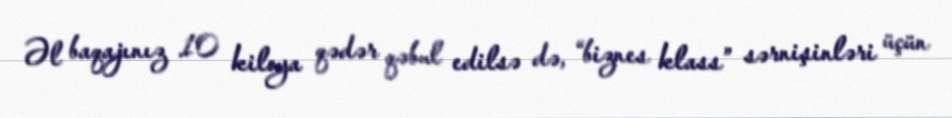
Əl baqajınız 10 kiloya qədər qəbul edilsə də, “biznes klass” sərnişinləri üçün